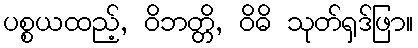
ပစ္စယထည့်, ဝိဘတ္တိ, ဝိဓိ သုတ်ရှဒ်ဖြာ။